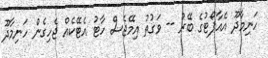
ހަނިމާދޫ އެއާޕޯޓުގެ ބޭރު -- ވަގުތު އިމޭޖެސް ހާޓު އެޓޭކެއް ޖެހިގެން ހަނިމާދޫ